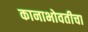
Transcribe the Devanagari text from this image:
कानाभोवतीचा